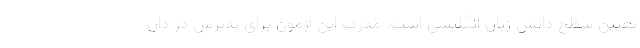
تعیین سطح دانش زبان انگلیسی است. مدرک این آزمون برای پذیرش در دان